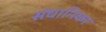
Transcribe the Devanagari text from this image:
संघानिका